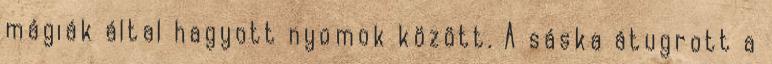
mágiák által hagyott nyomok között. A sáska átugrott a